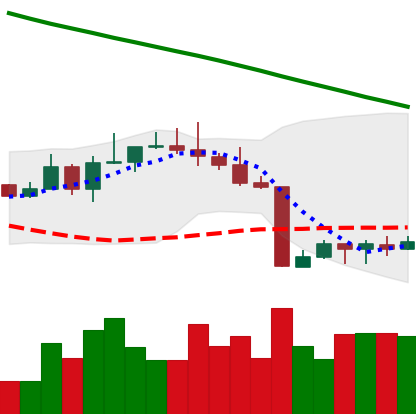
Ticker: BTC-USD
Chart end date: 2022-08-25
Forward return: -8.352%
Label: down_7plus